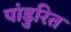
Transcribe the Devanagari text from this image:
पांडुरित